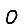
Digit: 0